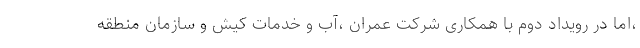
،اما در رویداد دوم با همکاری شرکت عمران ،آب و خدمات کیش و سازمان منطقه